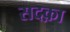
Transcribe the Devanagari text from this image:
सदक़ा